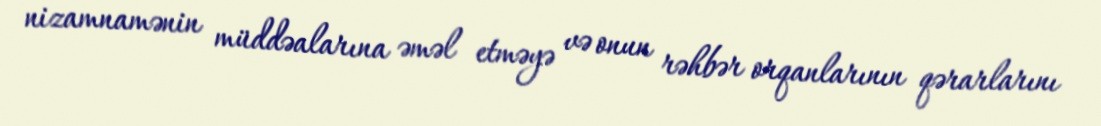
nizamnamənin müddəalarına əməl etməyə və onun rəhbər orqanlarının qərarlarını